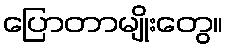
ပြောတာမျိုးတွေ။